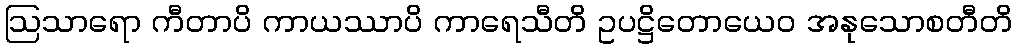
ဩသာရော ကီတာပိ ကာယဿာပိ ကာရေသီတိ ဥပဋ္ဌိတောယေဝ အနုသောစတီတိ